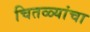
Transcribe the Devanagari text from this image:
चितळ्यांचा